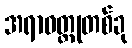
အရာဝတ္ထုတစ်ခု